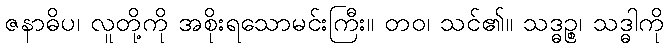
ဇနာဓိပ၊ လူတို့ကို အစိုးရသောမင်းကြီး။ တဝ၊ သင်၏။ သဒ္ဓဉ္စ၊ သဒ္ဓါကို